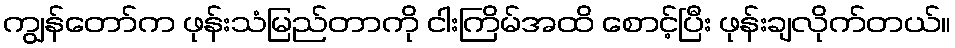
ကျွန်တော်က ဖုန်းသံမြည်တာကို ငါးကြိမ်အထိ စောင့်ပြီး ဖုန်းချလိုက်တယ်။